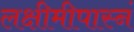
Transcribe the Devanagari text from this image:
लक्षीमीपास्नं